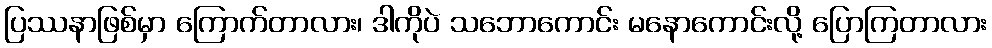
ပြဿနာဖြစ်မှာ ကြောက်တာလား၊ ဒါကိုပဲ သဘောကောင်း မနောကောင်းလို့ ပြောကြတာလား